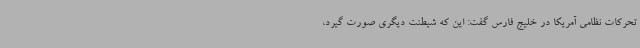
تحرکات نظامی آمریکا در خلیج فارس گفت: این که شیطنت دیگری صورت گیرد،